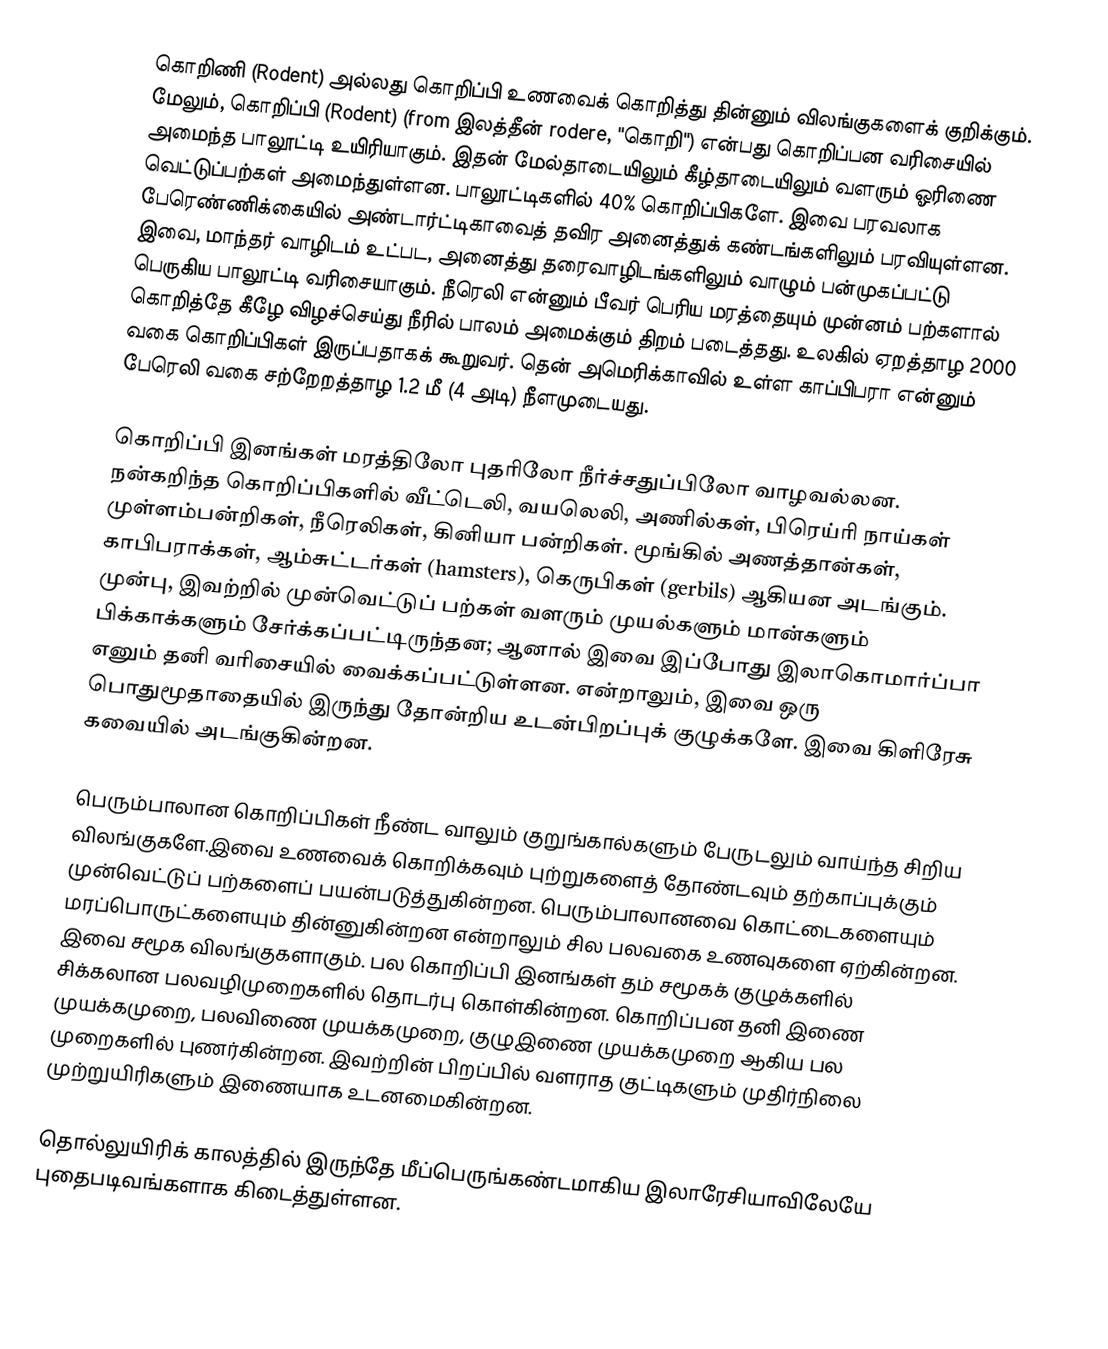
கொறிணி (Rodent) அல்லது கொறிப்பி  உணவைக் கொறித்து தின்னும் விலங்குகளைக் குறிக்கும். மேலும், கொறிப்பி (Rodent) (from இலத்தீன் rodere, "கொறி")  என்பது கொறிப்பன வரிசையில் அமைந்த பாலூட்டி உயிரியாகும். இதன் மேல்தாடையிலும் கீழ்தாடையிலும் வளரும் ஓரிணை வெட்டுப்பற்கள் அமைந்துள்ளன. பாலூட்டிகளில் 40%  கொறிப்பிகளே. இவை பரவலாக பேரெண்ணிக்கையில் அண்டார்ட்டிகாவைத் தவிர அனைத்துக் கண்டங்களிலும் பரவியுள்ளன. இவை, மாந்தர் வாழிடம் உட்பட, அனைத்து தரைவாழிடங்களிலும் வாழும் பன்முகப்பட்டு பெருகிய பாலூட்டி வரிசையாகும். நீரெலி என்னும் பீவர் பெரிய மரத்தையும் முன்னம் பற்களால் கொறித்தே கீழே விழச்செய்து நீரில் பாலம் அமைக்கும் திறம் படைத்தது. உலகில் ஏறத்தாழ 2000 வகை கொறிப்பிகள் இருப்பதாகக் கூறுவர். தென் அமெரிக்காவில் உள்ள காப்பிபரா என்னும் பேரெலி வகை சற்றேறத்தாழ 1.2 மீ (4 அடி) நீளமுடையது.

கொறிப்பி இனங்கள் மரத்திலோ புதரிலோ நீர்ச்சதுப்பிலோ வாழவல்லன. நன்கறிந்த கொறிப்பிகளில் வீட்டெலி, வயலெலி, அணில்கள், பிரெய்ரி நாய்கள் முள்ளம்பன்றிகள், நீரெலிகள், கினியா பன்றிகள். மூங்கில் அணத்தான்கள், காபிபராக்கள், ஆம்சுட்டர்கள் (hamsters), கெருபிகள் (gerbils) ஆகியன அடங்கும். முன்பு, இவற்றில் முன்வெட்டுப் பற்கள் வளரும் முயல்களும் மான்களும் பிக்காக்களும் சேர்க்கப்பட்டிருந்தன; ஆனால் இவை இப்போது இலாகொமார்ப்பா எனும் தனி வரிசையில் வைக்கப்பட்டுள்ளன. என்றாலும், இவை ஒரு பொதுமூதாதையில் இருந்து தோன்றிய உடன்பிறப்புக் குழுக்களே. இவை கிளிரேசு கவையில் அடங்குகின்றன.

பெரும்பாலான கொறிப்பிகள் நீண்ட வாலும் குறுங்கால்களும் பேருடலும் வாய்ந்த சிறிய விலங்குகளே.இவை உணவைக் கொறிக்கவும் புற்றுகளைத் தோண்டவும் தற்காப்புக்கும் முன்வெட்டுப் பற்களைப் பயன்படுத்துகின்றன. பெரும்பாலானவை கொட்டைகளையும் மரப்பொருட்களையும் தின்னுகின்றன என்றாலும் சில பலவகை உணவுகளை ஏற்கின்றன. இவை சமூக விலங்குகளாகும். பல கொறிப்பி இனங்கள் தம் சமூகக் குழுக்களில் சிக்கலான பலவழிமுறைகளில் தொடர்பு கொள்கின்றன. கொறிப்பன தனி இணை முயக்கமுறை, பலவிணை முயக்கமுறை, குழுஇணை முயக்கமுறை ஆகிய பல முறைகளில் புணர்கின்றன. இவற்றின் பிறப்பில் வளராத குட்டிகளும் முதிர்நிலை முற்றுயிரிகளும் இணையாக உடனமைகின்றன.

தொல்லுயிரிக் காலத்தில் இருந்தே மீப்பெருங்கண்டமாகிய இலாரேசியாவிலேயே புதைபடிவங்களாக கிடைத்துள்ளன.